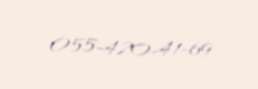
055-420-41-69